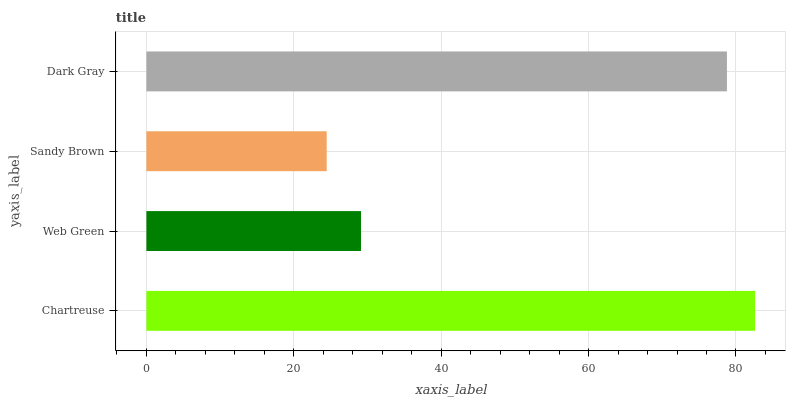
| yaxis_label | bars |
 | --- | --- |
 | Chartreuse | 82.6 |
 | Web Green | 29.1 |
 | Sandy Brown | 24.5 |
 | Dark Gray | 78.8 |